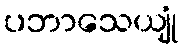
ပဘာသေယျုံ